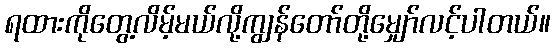
ရထားကိုတွေ့လိမ့်မယ်လို့ကျွန်တော်တို့မျှော်လင့်ပါတယ်။